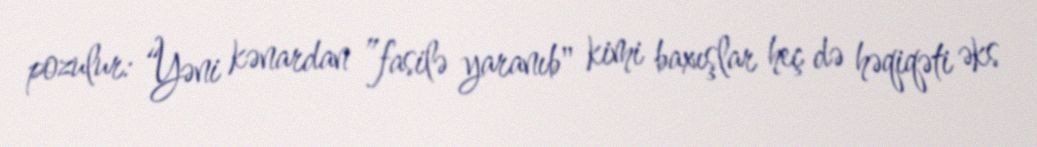
pozulur: “Yəni kənardan ”fasilə yaranıb" kimi baxışlar heç də həqiqəti əks